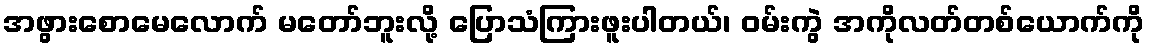
အဖွားစောမေလောက် မတော်ဘူးလို့ ပြောသံကြားဖူးပါတယ်၊ ဝမ်းကွဲ အကိုလတ်တစ်ယောက်ကို